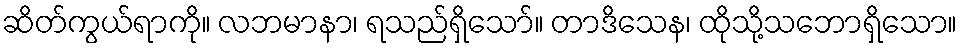
ဆိတ်ကွယ်ရာကို။ လဘမာနာ၊ ရသည်ရှိသော်။ တာဒိသေန၊ ထိုသို့သဘောရှိသော။